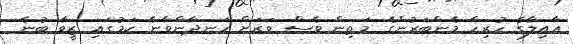
ޢާއިލާގެ ހުރިހާ މެންބަރުންގެ މަތިން ވެސް ވަރަށް ހަނދާންވާނެ ކަމުގައި ޒީވާ ބުނެ